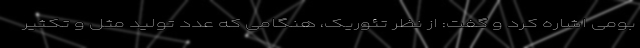
بومی اشاره کرد و گفت: از نظر تئوریک، هنگامی که عدد تولید مثل و تکثیر